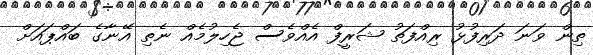
ތިން ވަނަ ދަރިފުޅު ރިއްފަތު ޝަރީފް އެއްވެސް ޖެހިލުމެއް ނެތި އޭނާގެ ބައްޕައަށް